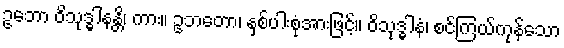
ဥဘော ဝိသုဒ္ဓါနန္တိ၊ ကား။ ဥဘတော၊ နှစ်ပါးစုံအားဖြင့်။ ဝိသုဒ္ဓါနံ၊ စင်ကြယ်ကုန်သော